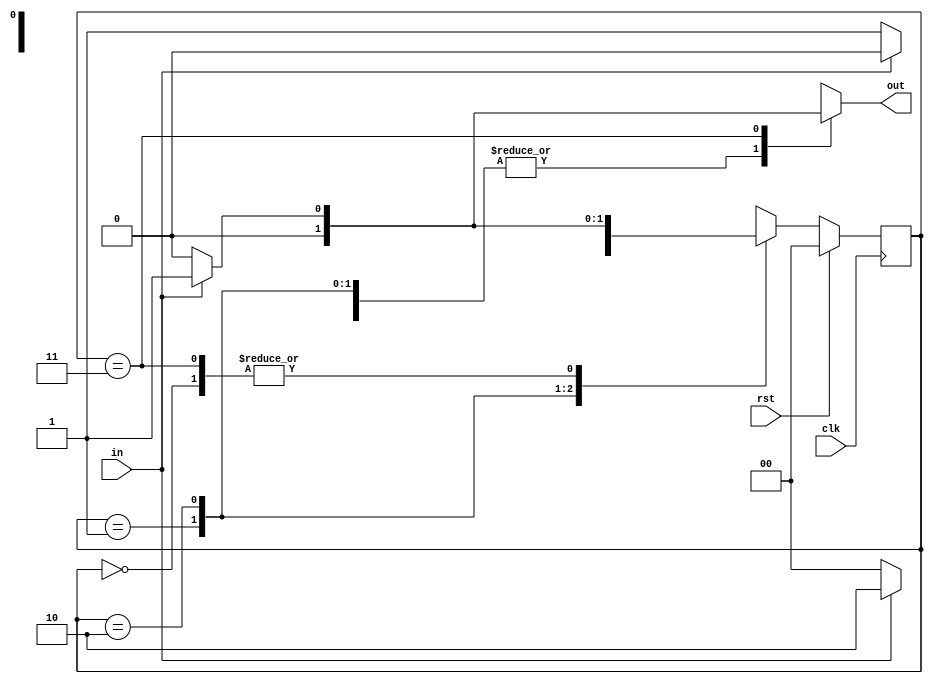

module problem2 (clk, rst, in, out);
	input clk, rst, in;
	output out;

	parameter s0 = 2'b00;	// all other states
	parameter s1 = 2'b01;	// have input sequence 1
	parameter s2 = 2'b10;	// have input sequence 11
	parameter s3 = 2'b11;	// have input sequence 110

	reg [1:0] p_state, n_state;
    reg out;

    // synchronize state
    always @ (posedge clk)
	begin
		if (rst) 
			p_state <= s0;
		else
			p_state <= n_state;
	end

	// transfer state based on input and generate output
	always  @ (p_state, in, rst)
	begin
	    if (rst)
	    begin
	       out = 1'b0;
	       n_state = s0;
	    end
		case(p_state)
			s0: if (in == 1'b1)
				begin
					n_state = s1;
					out = 1'b0;
				end
				else
				begin
					n_state = s0;
					out = 1'b0;
				end
			s1: if (in == 1'b1)
				begin
					n_state = s2;
					out = 1'b0;
				end
				else
				begin
					n_state = s0;
					out = 1'b0;
				end
			s2: if (in == 1'b0)
				begin
					n_state = s3;
					out = 1'b0;
				end
				else
				begin
					n_state = s2;
					out = 1'b0;
				end
			s3: if (in == 1'b1)
				begin
					n_state = s1;
					out = 1'b1;
				end
				else
				begin
					n_state = s0;
					out = 1'b0;
				end
			default:
			    begin
				    n_state = s0;
				    out = 1'b0;
				end
		endcase
	end
	
endmodule